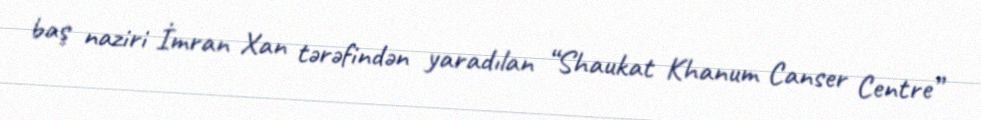
baş naziri İmran Xan tərəfindən yaradılan “Shaukat Khanum Canser Centre”